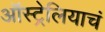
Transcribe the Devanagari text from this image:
ऑस्ट्रेलियाचं